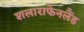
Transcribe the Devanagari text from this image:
शलाराफेनलैंड